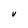
Character: V